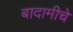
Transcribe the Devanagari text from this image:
बादामीचे